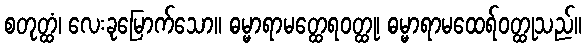
စတုတ္ထံ၊ လေးခုမြောက်သော။ ဓမ္မာရာမတ္ထေရဝတ္ထု၊ ဓမ္မာရာမထေရ်ဝတ္ထုသည်။